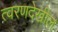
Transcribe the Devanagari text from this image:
त्वरणदेखील